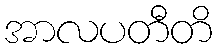
အာလပတီတိ